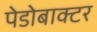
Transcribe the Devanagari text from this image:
पेडोबाक्टर